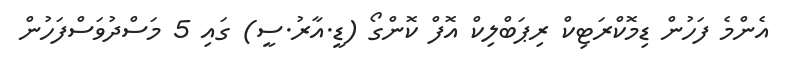
އެންމެ ފަހުން ޑިމޮކްރަޓިކް ރިޕަބްލިކް އޮފް ކޮންގޯ (ޑީ.އާރު.ސީ) ގައި 5 މަސްދުވަސްފަހުން